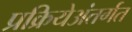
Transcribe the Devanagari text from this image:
प्रक्रियेअंतर्गत